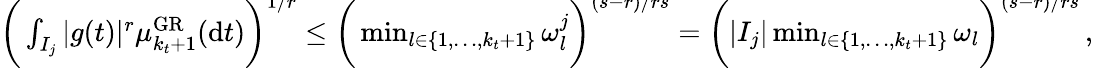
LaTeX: \begin{array}{r}{\bigg(\int_{I_{j}}|g(t)|^{r}\mu_{k_{t}+1}^{\mathrm{GR}}(\mathrm{d}t)\bigg)^{\smash{1/r}}\leq\bigg(\operatorname*{min}_{l\in\{ 1,\ldots,k_{t}+1\} }\omega_{l}^{j}\bigg)^{\smash{(s-r)/rs}}=\bigg(|I_{j}|\operatorname*{min}_{l\in\{ 1,\ldots,k_{t}+1\} }\omega_{l}\bigg)^{\smash{(s-r)/rs}}\, ,}\end{array}